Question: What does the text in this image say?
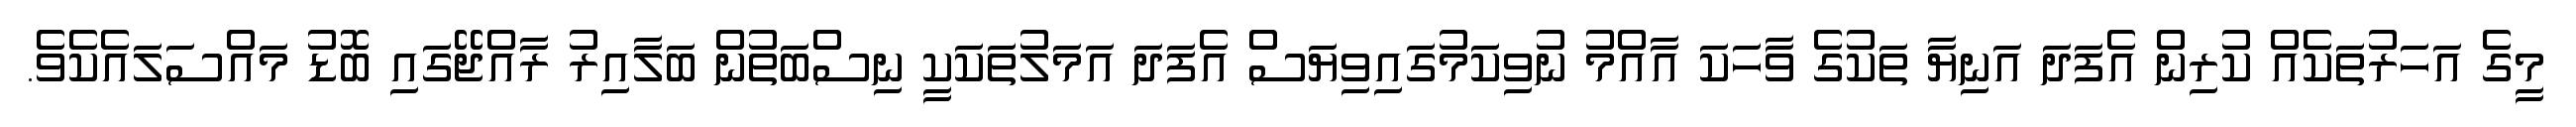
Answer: މީގެ އަހަރުތަކެއް ކުރިން އެފަދަ އަނިޔާ ތަކުގެ ވާހަކަ އާއްމު ނުވިކަމުގައިވިޔަސް އެފަދަ އަމަލުތަކަކީ ނިސްބަތުން ބަލާއިރު ރާއްޖޭގައި ބޮޑު މައްސަލައެކެވެ.